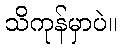
သိကုန်မှာပဲ။